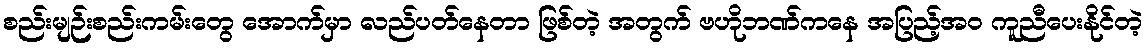
စည်းမျဉ်းစည်းကမ်းတွေ အောက်မှာ လည်ပတ်နေတာ ဖြစ်တဲ့ အတွက် ဗဟိုဘဏ်ကနေ အပြည့်အ၀ ကူညီပေးနိုင်တဲ့